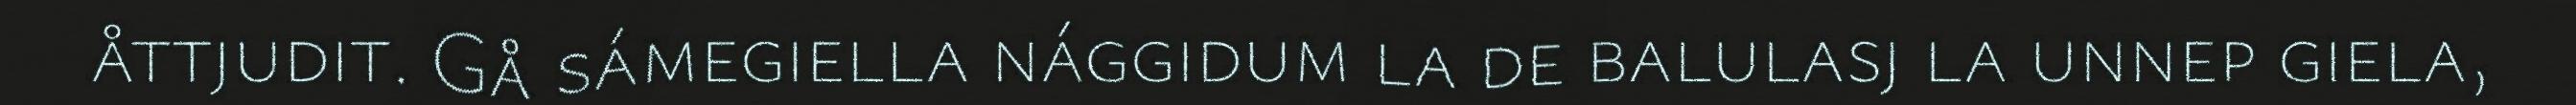
åttjudit. Gå sámegiella nággidum la de balulasj la unnep giela,